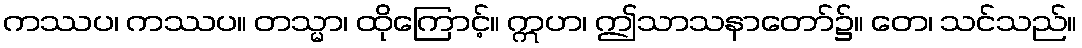
ကဿပ၊ ကဿပ။ တသ္မာ၊ ထိုကြောင့်။ ဣဟ၊ ဤသာသနာတော်၌။ တေ၊ သင်သည်။